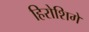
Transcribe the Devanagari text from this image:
हिरोशिगे